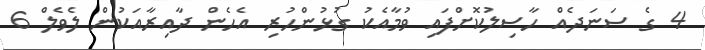
4 ގެ ސަނަދެއް ހާސިލުކޮށްފައި ވުމާއެކު ގުޅުންހުރި އެހެން ދާއިރާއަކުން ލެވެލް 6